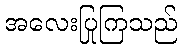
အလေးပြုကြသည်